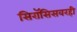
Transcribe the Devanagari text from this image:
सिरॉसिसवरही